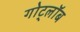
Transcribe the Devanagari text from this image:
गोट्लॉब